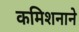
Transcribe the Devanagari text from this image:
कमिशनाने